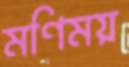
মণিময়